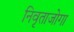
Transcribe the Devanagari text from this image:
निवृताजोगा